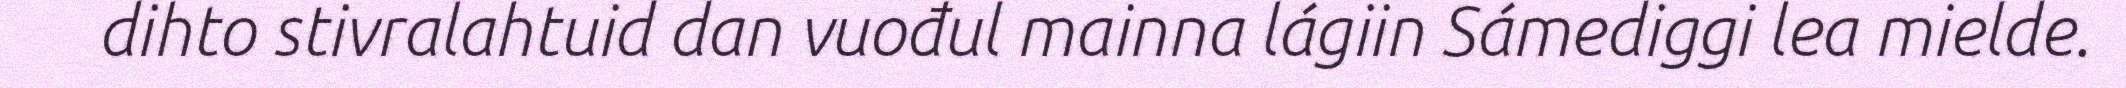
dihto stivralahtuid dan vuođul mainna lágiin Sámediggi lea mielde.